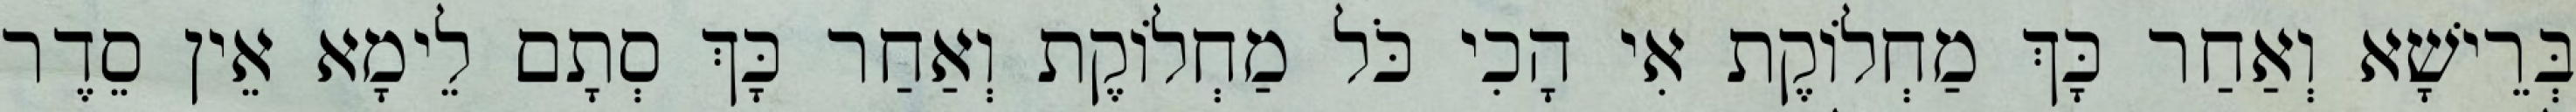
בְּרֵישָׁא וְאַחַר כָּךְ מַחְלוֹקֶת אִי הָכִי כֹּל מַחְלוֹקֶת וְאַחַר כָּךְ סְתָם לֵימָא אֵין סֵדֶר